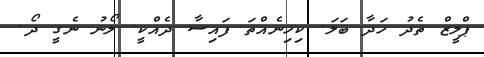
ޕްލީޒް ތެދު ހަދާ ބަލަ. ކިހިނެއްތަ ފައިސާ ދެއްކީ. ލޯނު ނެގީ ދޯ.